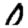
Digit: 0